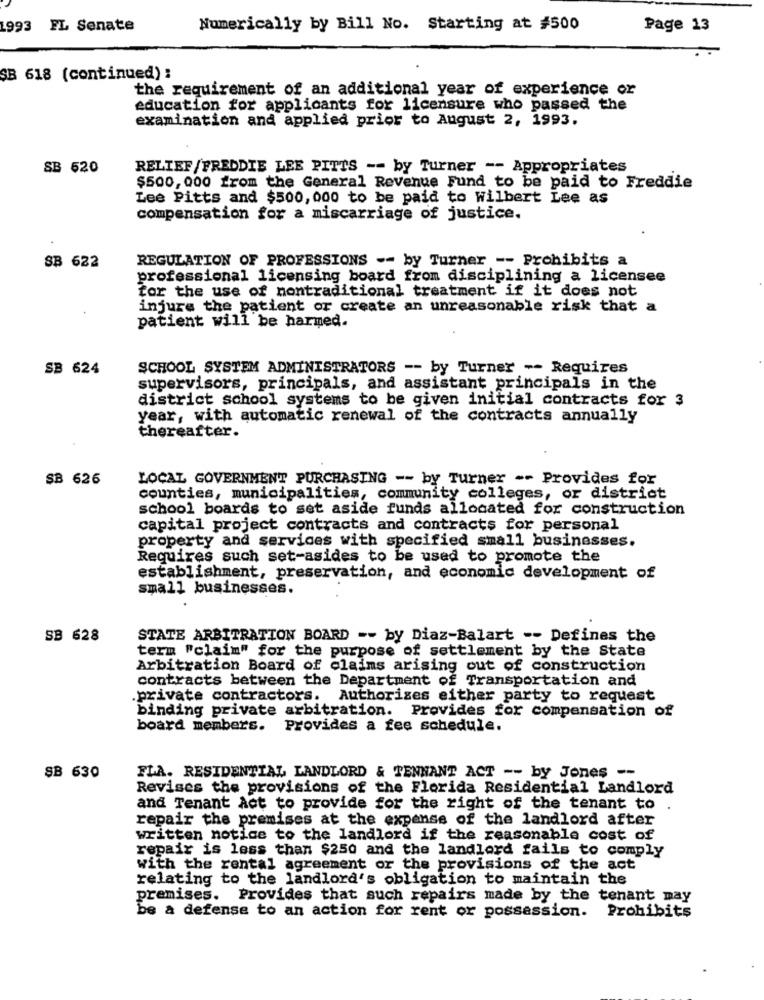
1993 FL Senate
Numerically by Bill No. Starting at #500
Page 13
SB 618 (continued) :
the requirement of an additional year of experience or
education for applicants for licensure who passed the
examination and applied prior to August 2, 1993.
SB 620
RELIEF/FREDDIE LEE PITTS -- by Turner -- Appropriates
$500, 000 from the General Revenue Fund to be paid to Freddie
Lee Pitts and $500, 000 to be paid to Wilbert Lee as
compensation for a miscarriage of justice.
REGULATION OF PROFESSIONS -- by Turner -- Prohibits a
SB 622
professional licensing board from disciplining a licensee
for the use of nontraditional treatment if it does not
injure the patient or create an unreasonable risk that a
patient will be harmed.
SB 624
SCHOOL SYSTEM ADMINISTRATORS -- by Turner -- Requires
supervisors, principals, and assistant principals in the
district school systems to be given initial contracts for 3
year, with automatic renewal of the contracts annually
thereafter.
SB 626
LOCAL GOVERNMENT PURCHASING -- by Turner -- Provides for
counties, municipalities, community colleges, or district
school boards to set aside funds allocated for construction
capital project contracts and contracts for personal
property and services with specified small businesses.
Requires such set-asides to be used to promote the
establishment, preservation, and economic development of
small businesses.
SB 628
STATE ARBITRATION BOARD -- by Diaz-Balart -- Defines the
term "claim" for the purpose of settlement by the State
Arbitration Board of claims arising out of construction
contracts between the Department of Transportation and
private contractors. Authorizes either party to request
binding private arbitration. Provides for compensation of
board members.
Provides a fee schedule.
SB 630
FLA. RESIDENTIAL LANDLORD & TENNANT ACT -- by Jones --
Revises the provisions of the Florida Residential Landlord
and Tenant Act to provide for the right of the tenant to
.
repair the premises at the expense of the landlord after
written notice to the landlord if the reasonable cost of
repair is less than $250 and the landlord fails to comply
with the rental agreement or the provisions of the act
relating to the landlord's obligation to maintain the
premises. Provides that such repairs made by the tenant may
Prohibits
be a defense to an action for rent or possession.